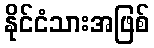
နိုင်ငံသားအဖြစ်